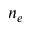
n _ { e }